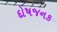
દોષજનક